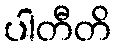
ပါတီတိ